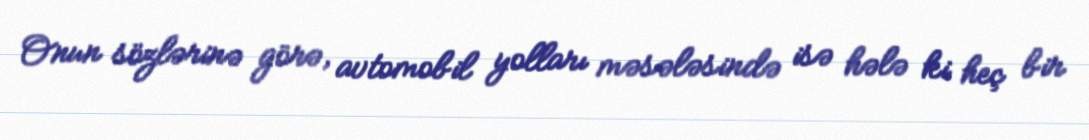
Onun sözlərinə görə, avtomobil yolları məsələsində isə hələ ki heç bir